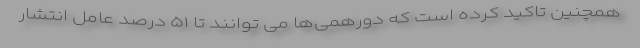
همچنین تاکید کرده است که دورهمی‌ها می توانند تا ۵۱ درصد عامل انتشار